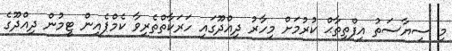
މި ސިޔާސަތު އިފްތިތާޙް ކުރުމަށް މިހާރު ދިއްދޫގައި ހަރަކާތްތެރިވާ ކެމްޕެއިން ޓީމުން ދިއްދޫގެ